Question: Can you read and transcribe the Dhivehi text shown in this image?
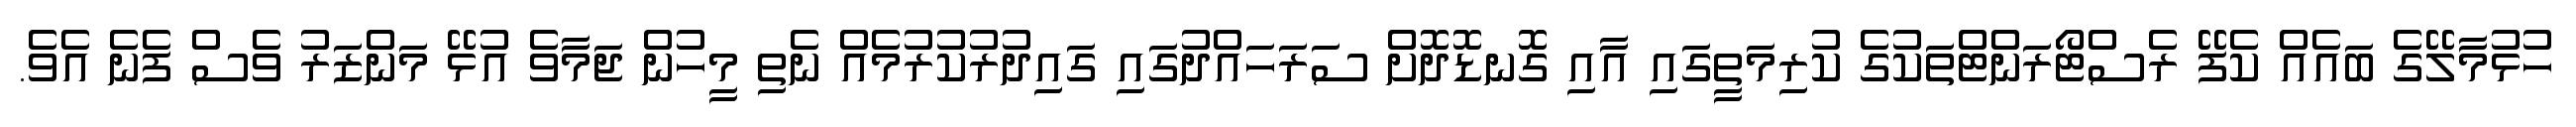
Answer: ހުޅުމާލޭގެ ބައެއް ކެފޭ ރެސްޓޯރަންޓްތަކުގެ ކުރިމަތީގައި އާއި ގޮނޑޮދޮށް ސަރަހައްދުގައި ގައިދުރުކުރުމެއް ނެތި މީހުން ޖަމާވެ އުޅޭ މަންޒަރު ވެސް ފެނެ އެވެ.